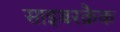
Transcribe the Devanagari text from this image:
साइबरक्रैक